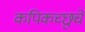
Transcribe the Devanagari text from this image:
कपिकच्छूचे